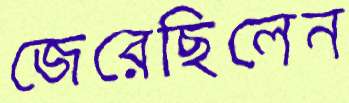
জেরেছিলেন